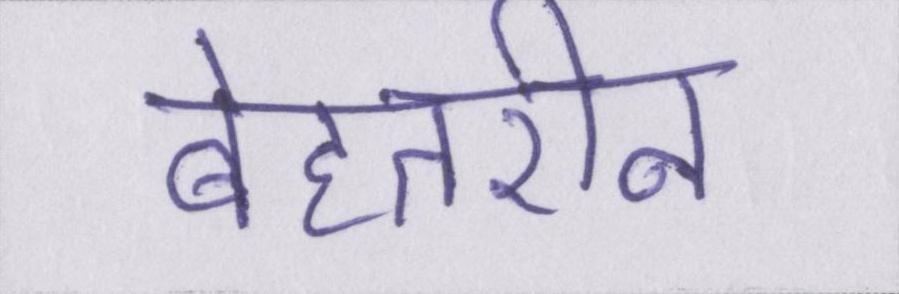
बेहतरीन